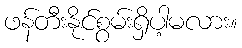
ဖန်တီးနိုင်စွမ်းရှိပါ့မလား။